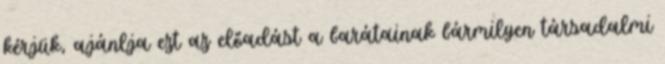
kérjük, ajánlja ezt az előadást a barátainak bármilyen társadalmi